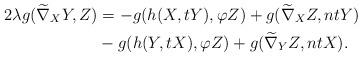
LaTeX: \begin{align*}2\lambda g(\widetilde\nabla_{X}Y,Z)&=-g(h(X,tY), \varphi Z)+g(\widetilde\nabla_{X}Z, ntY) \\ & -g(h(Y,tX),\varphi Z)+g(\widetilde\nabla_{Y}Z, ntX).\end{align*}